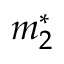
m _ { 2 } ^ { * }